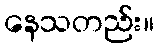
နေသတည်း။